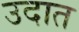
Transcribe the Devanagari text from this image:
उदात